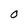
Character: O